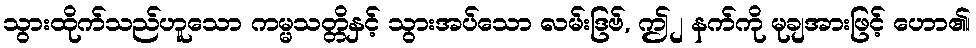
သွားထိုက်သည်ဟူသော ကမ္မသတ္တိနှင့် သွားအပ်သော လမ်းဒြဗ်, ဤ၂ နက်ကို မုချအားဖြင့် ဟော၏၊